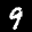
Label: 9